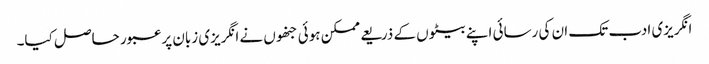
انگریزی ادب تک ان کی رسائی اپنے بیٹوں کے ذریعے ممکن ہوئی جنھوں نے انگریزی زبان پر عبور حاصل کیا۔